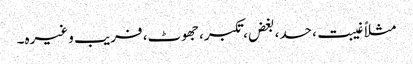
مثلاً غیبت، حسد، بغض، تکبر، جھوٹ، فریب وغیرہ۔